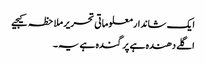
ایک شاندار معلوماتی تحریر ملاحظہ کیجیے
اگلے دھندہ ہے پر گندہ ہے یہ ۔